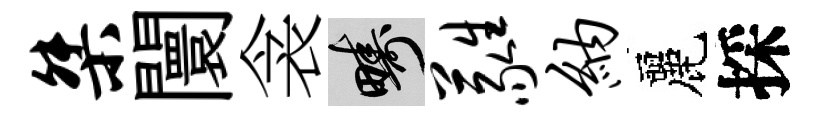
桀闤衾疇蕤纳麗採